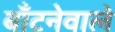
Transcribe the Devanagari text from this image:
बाँटनेवाले